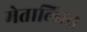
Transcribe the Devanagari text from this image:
मेतालिस्त